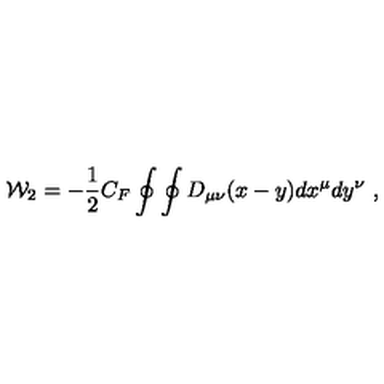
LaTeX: { \cal W } _ { 2 } = - { \frac { 1 } { 2 } } C _ { F } \oint \oint D _ { \mu \nu } ( x - y ) d x ^ { \mu } d y ^ { \nu } \ ,